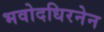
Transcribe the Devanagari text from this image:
भवोदधिरनेन